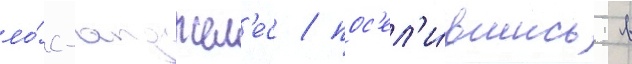
ло́с-анджел'ес / пос'ел'и́вшись в